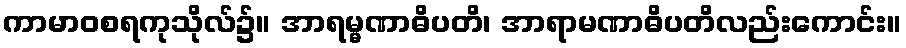
ကာမာဝစရကုသိုလ်၌။ အာရမ္မဏာဓိပတိ၊ အာရာမဏာဓိပတိလည်းကောင်း။